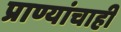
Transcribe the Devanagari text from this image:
प्राण्यांचाही